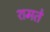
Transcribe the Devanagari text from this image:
शमते